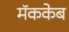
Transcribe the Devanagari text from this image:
मॅककेब